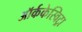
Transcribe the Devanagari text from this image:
ऑर्ककेस्विट्रा